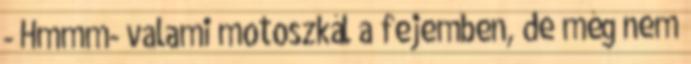
- Hmmm- valami motoszkál a fejemben, de még nem